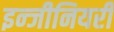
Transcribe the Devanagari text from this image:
इन्जीनियरी